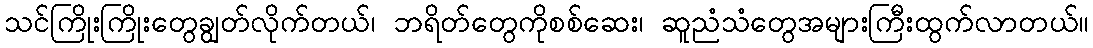
သင်ကြိုးကြိုးတွေချွတ်လိုက်တယ်၊ ဘရိတ်တွေကိုစစ်ဆေး၊ ဆူညံသံတွေအများကြီးထွက်လာတယ်။